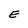
Character: E